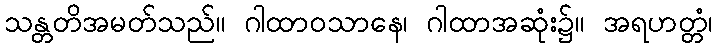
သန္တတိအမတ်သည်။ ဂါထာဝသာနေ၊ ဂါထာအဆုံး၌။ အရဟတ္တံ၊